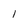
Character: 1